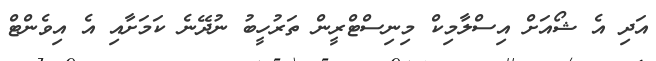
އަދި އެ ޝޯއަށް އިސްލާމިކް މިނިސްޓްރީން ތަރުހީބު ނުދޭނެ ކަމަށާއި އެ އިވެންޓް